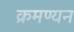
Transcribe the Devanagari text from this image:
क्रमण्यन